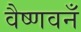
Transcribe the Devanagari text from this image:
वैष्णवनँ